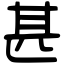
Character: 甚